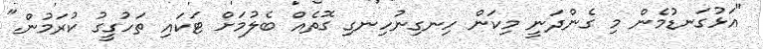
"އަޅުގަނޑުމެން މި ގެންދަނީ މިކަން ހިނގިނުހިނގި ގޮތެއް ބެލުމަށް ޓަކައި ތަހުގީގު ކުރަމުން."